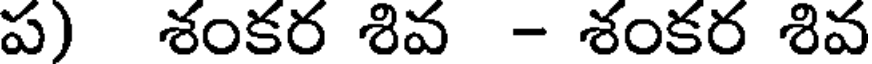
ప) శంకర శివ - శంకర శివ